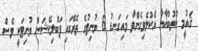
ޤައުމީ ކުތުބުޚާނާ އެކުލެވިގެންވާ މައިގަނޑު 6 ޔުނިޓުގެ ތެރޭގައި ޕަބްލިކޭޝަން ޔުނިޓަކީ ވެސް